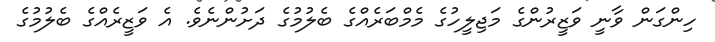
ހިންގަން ވާނީ ވަޒީރުންގެ މަޖިލީހުގެ މެމްބަރެއްގެ ބެލުމުގެ ދަށުންނެވެ. އެ ވަޒީރެއްގެ ބެލުމުގެ